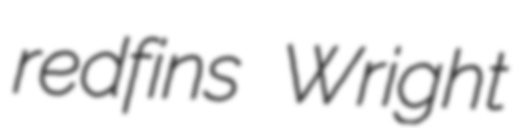
redfins Wright